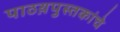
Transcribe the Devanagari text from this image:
पाठय़पुस्तकांचे